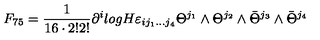
F _ { 7 5 } = \frac { 1 } { 1 6 \cdot 2 ! 2 ! } \partial ^ { i } l o g H \varepsilon _ { i j _ { 1 } . . . j _ { 4 } } \Theta ^ { j _ { 1 } } \wedge \Theta ^ { j _ { 2 } } \wedge \bar { \Theta } ^ { j _ { 3 } } \wedge \bar { \Theta } ^ { j _ { 4 } }